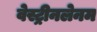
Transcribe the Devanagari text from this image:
वेस्ट्रीनलेनम